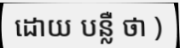
ដោយ បន្លឺ ថា )